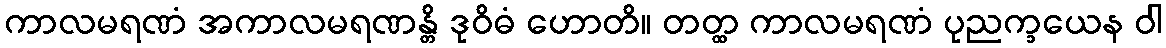
ကာလမရဏံ အကာလမရဏန္တိ ဒုဝိဓံ ဟောတိ။ တတ္ထ ကာလမရဏံ ပုညက္ခယေန ဝါ